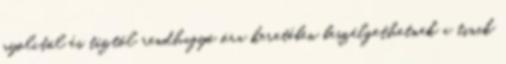
nyolctól és tíztől rendhagyó óra keretében beszélgethetnek a tinik